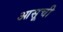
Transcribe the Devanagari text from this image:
आसूची